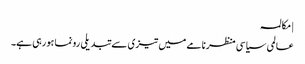
| مکالمہ
عالمی سیاسی منظرنامے میں تیزی سے تبدیلی رونما ہو رہی ہے۔